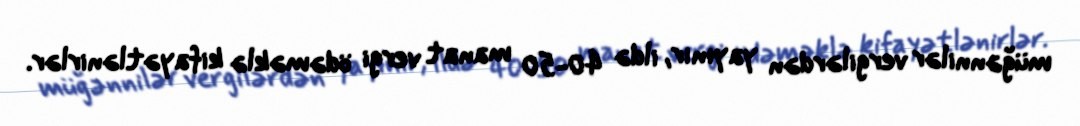
müğənnilər vergilərdən yayınır, ildə 40-50 manat vergi ödəməklə kifayətlənirlər.